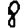
Digit: 8